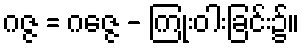
ဂဇ္ဇ = ဂဇ္ဇေ - ကြုံးဝါးခြင်း၌။